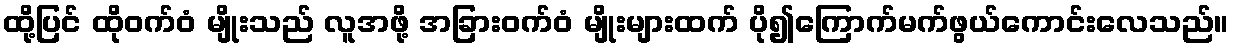
ထို့ပြင် ထိုဝက်ဝံ မျိုးသည် လူအဖို့ အခြားဝက်ဝံ မျိုးများထက် ပို၍ကြောက်မက်ဖွယ်ကောင်းလေသည်။